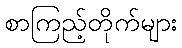
စာကြည့်တိုက်များ